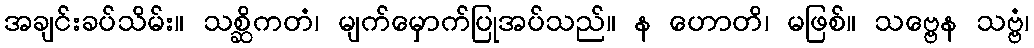
အချင်းခပ်သိမ်း။ သစ္ဆိကတံ၊ မျက်မှောက်ပြုအပ်သည်။ န ဟောတိ၊ မဖြစ်။ သဗ္ဗေန သဗ္ဗံ၊